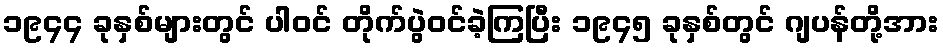
၁၉၄၄ ခုနှစ်များတွင် ပါဝင် တိုက်ပွဲဝင်ခဲ့ကြပြီး ၁၉၄၅ ခုနှစ်တွင် ဂျပန်တို့အား